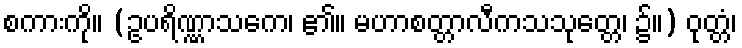
စကားကို။ (ဥပရိဏ္ဏာသကေ၊ ၏။ မဟာစတ္တာလီကသသုတ္တေ၊ ၌။) ဝုတ္တံ၊